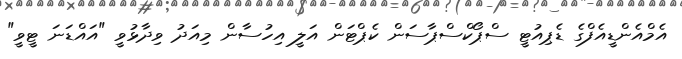
އެމްއެންޑީއެފްގެ ޑެޕިއުޓީ ސްޕޯކްސްޕާސަން ކެޕްޓަން އަލީ އިހުސާން މިއަދު ވިދާޅުވީ "އައްޑަނަ ޓީވީ"